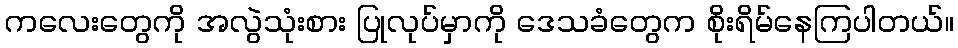
ကလေးတွေကို အလွဲသုံးစား ပြုလုပ်မှာကို ဒေသခံတွေက စိုးရိမ်နေကြပါတယ်။